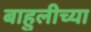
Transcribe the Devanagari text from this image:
बाहुलीच्या